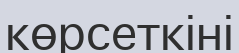
көрсеткіні